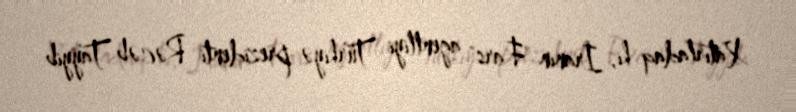
Xatırladaq ki, İranın "Fars" agentliyi Türkiyə prezidenti Rəcəb Tayyib